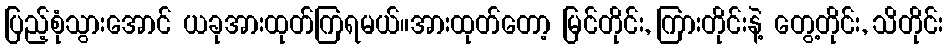
ပြည့်စုံသွားအောင် ယခုအားထုတ်ကြရမယ်။အားထုတ်တော့ မြင်တိုင်း, ကြားတိုင်းနဲ့ တွေ့တိုင်း, သိတိုင်း